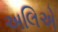
અલિએ